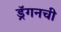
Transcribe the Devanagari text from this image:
ड्रॅगनची